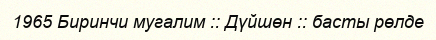
1965 Биринчи мугалим :: Дүйшөн :: басты рөлде